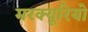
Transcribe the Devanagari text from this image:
मरक्यूरियो